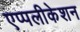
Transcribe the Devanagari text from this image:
एप्पलीकेशन